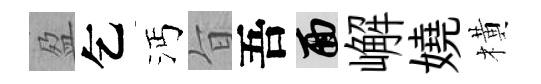
盈乞沔旨吾面嶰嬈橫